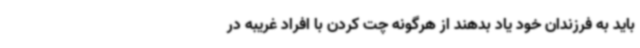
باید به فرزندان خود یاد بدهند از هرگونه چت کردن با افراد غریبه در